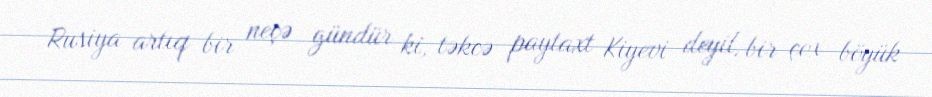
Rusiya artıq bir neçə gündür ki, təkcə paytaxt Kiyevi deyil, bir çox böyük